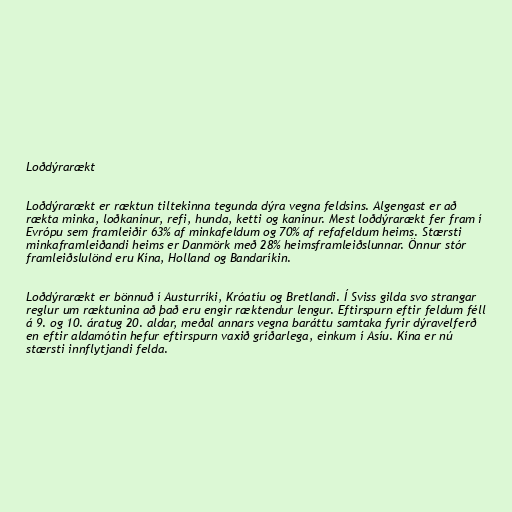
Loðdýrarækt

Loðdýrarækt er ræktun tiltekinna tegunda dýra vegna feldsins. Algengast er að
rækta minka, loðkanínur, refi, hunda, ketti og kanínur. Mest loðdýrarækt fer fram í
Evrópu sem framleiðir 63% af minkafeldum og 70% af refafeldum heims. Stærsti
minkaframleiðandi heims er Danmörk með 28% heimsframleiðslunnar. Önnur stór
framleiðslulönd eru Kína, Holland og Bandaríkin.

Loðdýrarækt er bönnuð í Austurríki, Króatíu og Bretlandi. Í Sviss gilda svo strangar
reglur um ræktunina að það eru engir ræktendur lengur. Eftirspurn eftir feldum féll
á 9. og 10. áratug 20. aldar, meðal annars vegna baráttu samtaka fyrir dýravelferð
en eftir aldamótin hefur eftirspurn vaxið gríðarlega, einkum í Asíu. Kína er nú
stærsti innflytjandi felda.